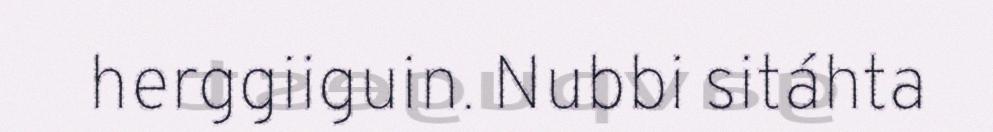
herggiiguin. Nubbi sitáhta